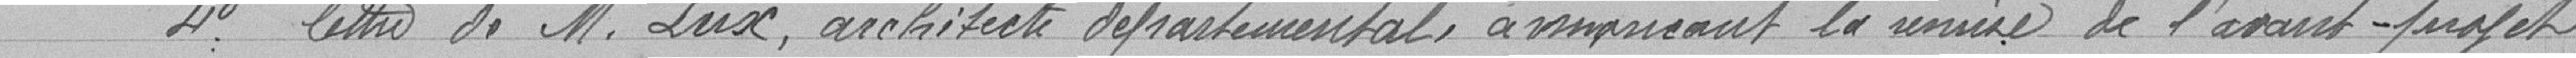
4 lettre de Monsieur Lux, architecte départemental annonçant la somme de l'avant-projet